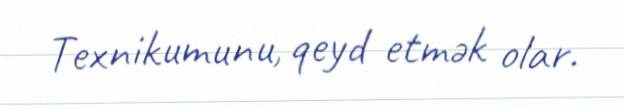
Texnikumunu, qeyd etmək olar.